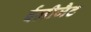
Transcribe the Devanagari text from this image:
ईज़ीजैट